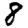
Digit: 8